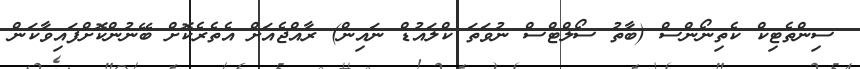
ސިންތެޓިކް ކެތިނޯންސް (ބާތު ސޯލްޓްސް ނުވަތަ ކްލައުޑް ނައިން) ރާއްޖެއަށް އެތެރެކޮށް ބޭނުންކޮށްފައިވާކަން